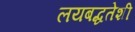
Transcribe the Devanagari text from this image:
लयबद्धतेशी